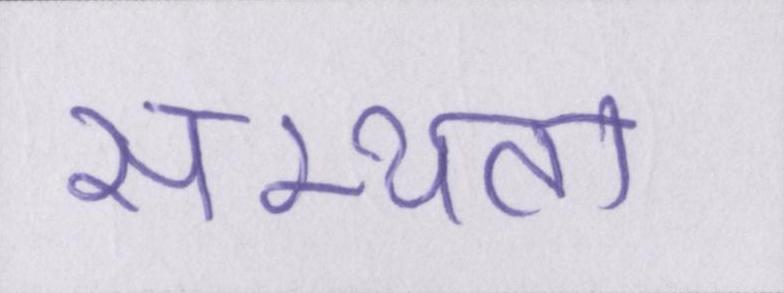
सभ्यता